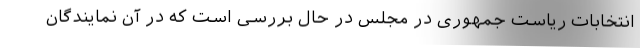
انتخابات ریاست جمهوری در مجلس در حال بررسی است که در آن نمایندگان